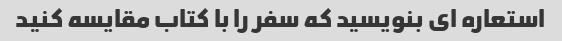
استعاره ای بنویسید که سفر را با کتاب مقایسه کنید